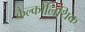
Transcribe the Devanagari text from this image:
कैल्कोलिथिक